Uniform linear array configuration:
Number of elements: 8
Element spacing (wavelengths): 0.75
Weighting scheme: hamming
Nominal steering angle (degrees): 0
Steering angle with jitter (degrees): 1.522
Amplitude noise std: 0.05
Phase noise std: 0.05

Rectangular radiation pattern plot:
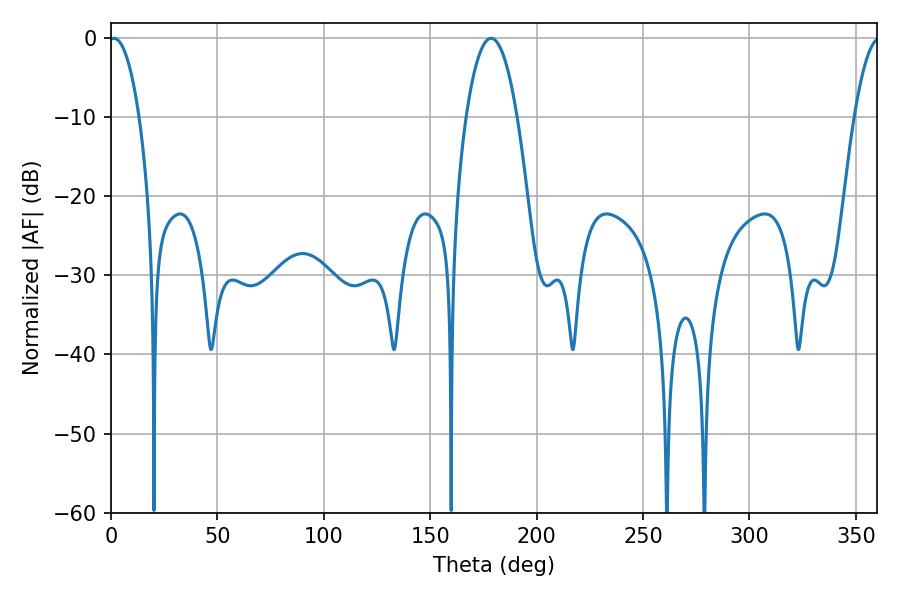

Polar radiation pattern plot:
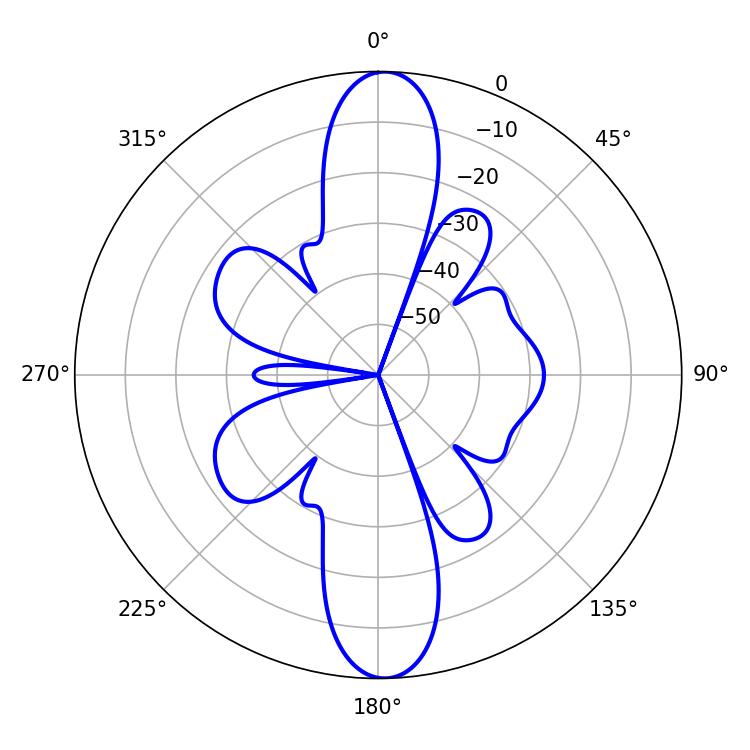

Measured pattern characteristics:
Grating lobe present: TRUE
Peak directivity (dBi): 23.249
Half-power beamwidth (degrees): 7.92
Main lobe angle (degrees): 1.44